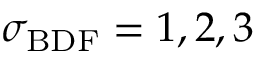
\sigma _ { \mathrm { B D F } } = 1 , 2 , 3